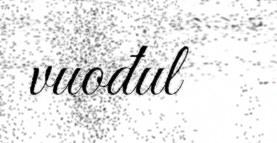
vuođul